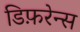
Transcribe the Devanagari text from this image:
डिफ़रेन्स